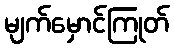
မျက်မှောင်ကြုတ်